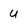
Character: U